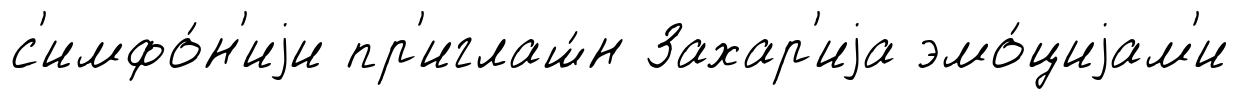
с'имфо́н'иjи пр'иглаш́н Захар'иjа эмо́циjам'и